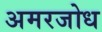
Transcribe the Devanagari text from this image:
अमरजोध